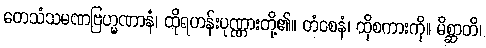
တေသံသမဏဗြဟ္မဏာနံ၊ ထိုရဟန်းပုဏ္ဏားတို့၏။ တံဝစနံ၊ ထိုစကားကို။ မိစ္ဆာတိ၊